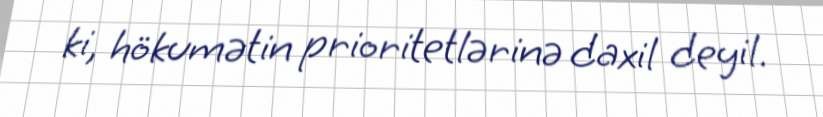
ki, hökumətin prioritetlərinə daxil deyil.